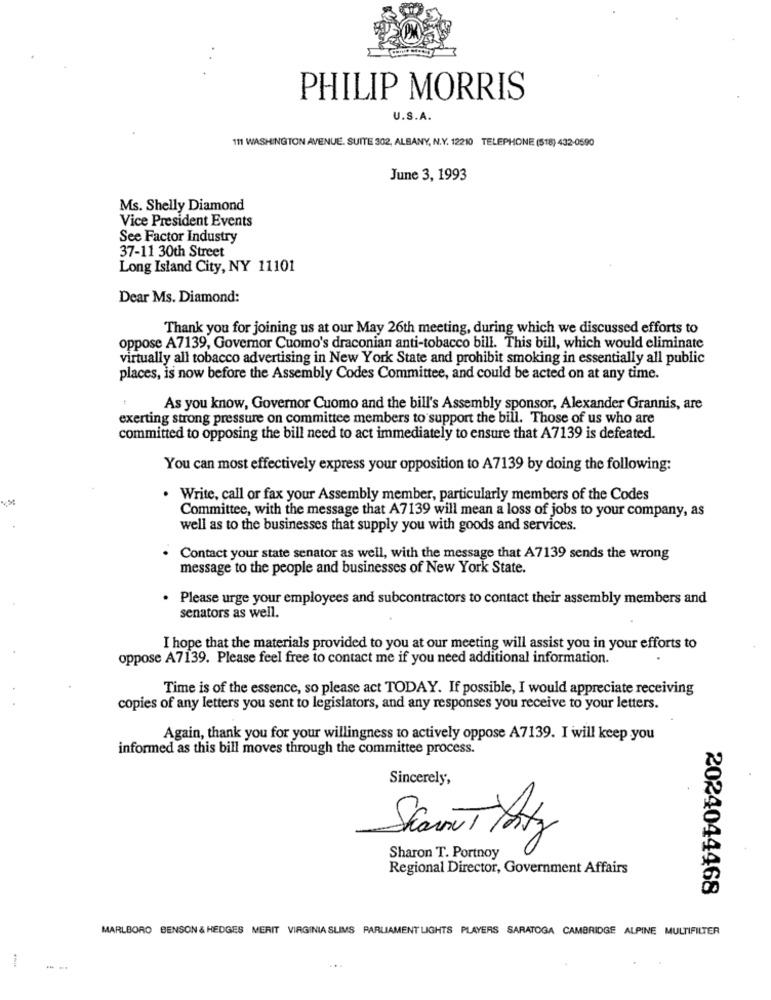
PHILIP MORRIS
U.S.A.
111 WASHINGTON AVENUE. SUITE 302, ALBANY, N.Y. 12210 TELEPHONE (518) 432-0590
June 3, 1993
Ms. Shelly Diamond
Vice President Events
See Factor Industry
37-11 30th Street
Long Island City, NY 11101
Dear Ms. Diamond:
Thank you for joining us at our May 26th meeting, during which we discussed efforts to
oppose A7139, Governor Cuomo's draconian anti-tobacco bill. This bill, which would eliminate
virtually all tobacco advertising in New York State and prohibit smoking in essentially all public
places, is now before the Assembly Codes Committee, and could be acted on at any time.
As you know, Governor Cuomo and the bill's Assembly sponsor, Alexander Grannis, are
exerting strong pressure on committee members to support the bill. Those of us who are
committed to opposing the bill need to act immediately to ensure that A7139 is defeated.
You can most effectively express your opposition to A7139 by doing the following:
. Write, call or fax your Assembly member, particularly members of the Codes
Committee, with the message that A7139 will mean a loss of jobs to your company, as
well as to the businesses that supply you with goods and services.
Contact your state senator as well, with the message that A7139 sends the wrong
message to the people and businesses of New York State.
. Please urge your employees and subcontractors to contact their assembly members and
senators as well.
I hope that the materials provided to you at our meeting will assist you in your efforts to
oppose A7139. Please feel free to contact me if you need additional information.
Time is of the essence, so please act TODAY. If possible, I would appreciate receiving
copies of any letters you sent to legislators, and any responses you receive to your letters.
Again, thank you for your willingness to actively oppose A7139. I will keep you
informed as this bill moves through the committee process.
Sincerely,
Sharon T. Portnoy
Regional Director, Government Affairs
2024044468
MARLBORO BENSON & HEDGES MERIT VIRGINIA SLIMS PARLIAMENT LIGHTS PLAYERS SARATOGA CAMBRIDGE ALPINE MULTIFILTER